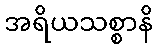
အရိယသစ္စာနိ